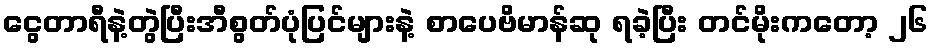
ငွေတာရီနဲ့တွဲပြီးအီစွတ်ပုံပြင်များနဲ့ စာပေဗိမာန်ဆု ရခဲ့ပြီး တင်မိုးကတော့ ၂၆